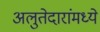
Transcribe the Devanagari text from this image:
अलुतेदारांमध्ये